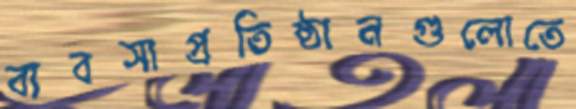
ব্যবসাপ্রতিষ্ঠানগুলোতে